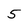
Character: 5